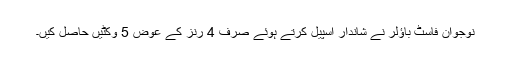
نوجوان فاسٹ باؤلر نے شاندار اسپیل کرتے ہوئے صرف 4 رنز کے عوض 5 وکٹیں حاصل کیں۔